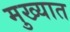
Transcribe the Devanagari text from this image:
मुख्यात